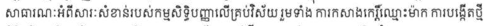
សាធារណៈអំពីសារៈសំខាន់របស់កម្មសិទ្ធិបញ្ញាលើគ្រប់វិស័យ រួមទាំង ការកសាងកេរ្តិ៍ឈ្មោះម៉ាក ការបង្កើតថ្មី